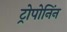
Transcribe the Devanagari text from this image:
ट्रोपोनिंन